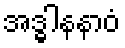
အဒ္ဓါနနာဝံ